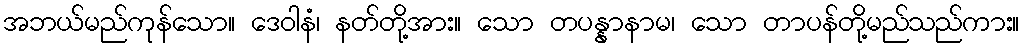
အဘယ်မည်ကုန်သော။ ဒေဝါနံ၊ နတ်တို့အား။ သော တပန္နာနာမ၊ သော တာပန်တို့မည်သည်ကား။